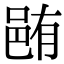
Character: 𨚼